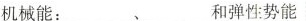
机械能：___、___和弹性势能